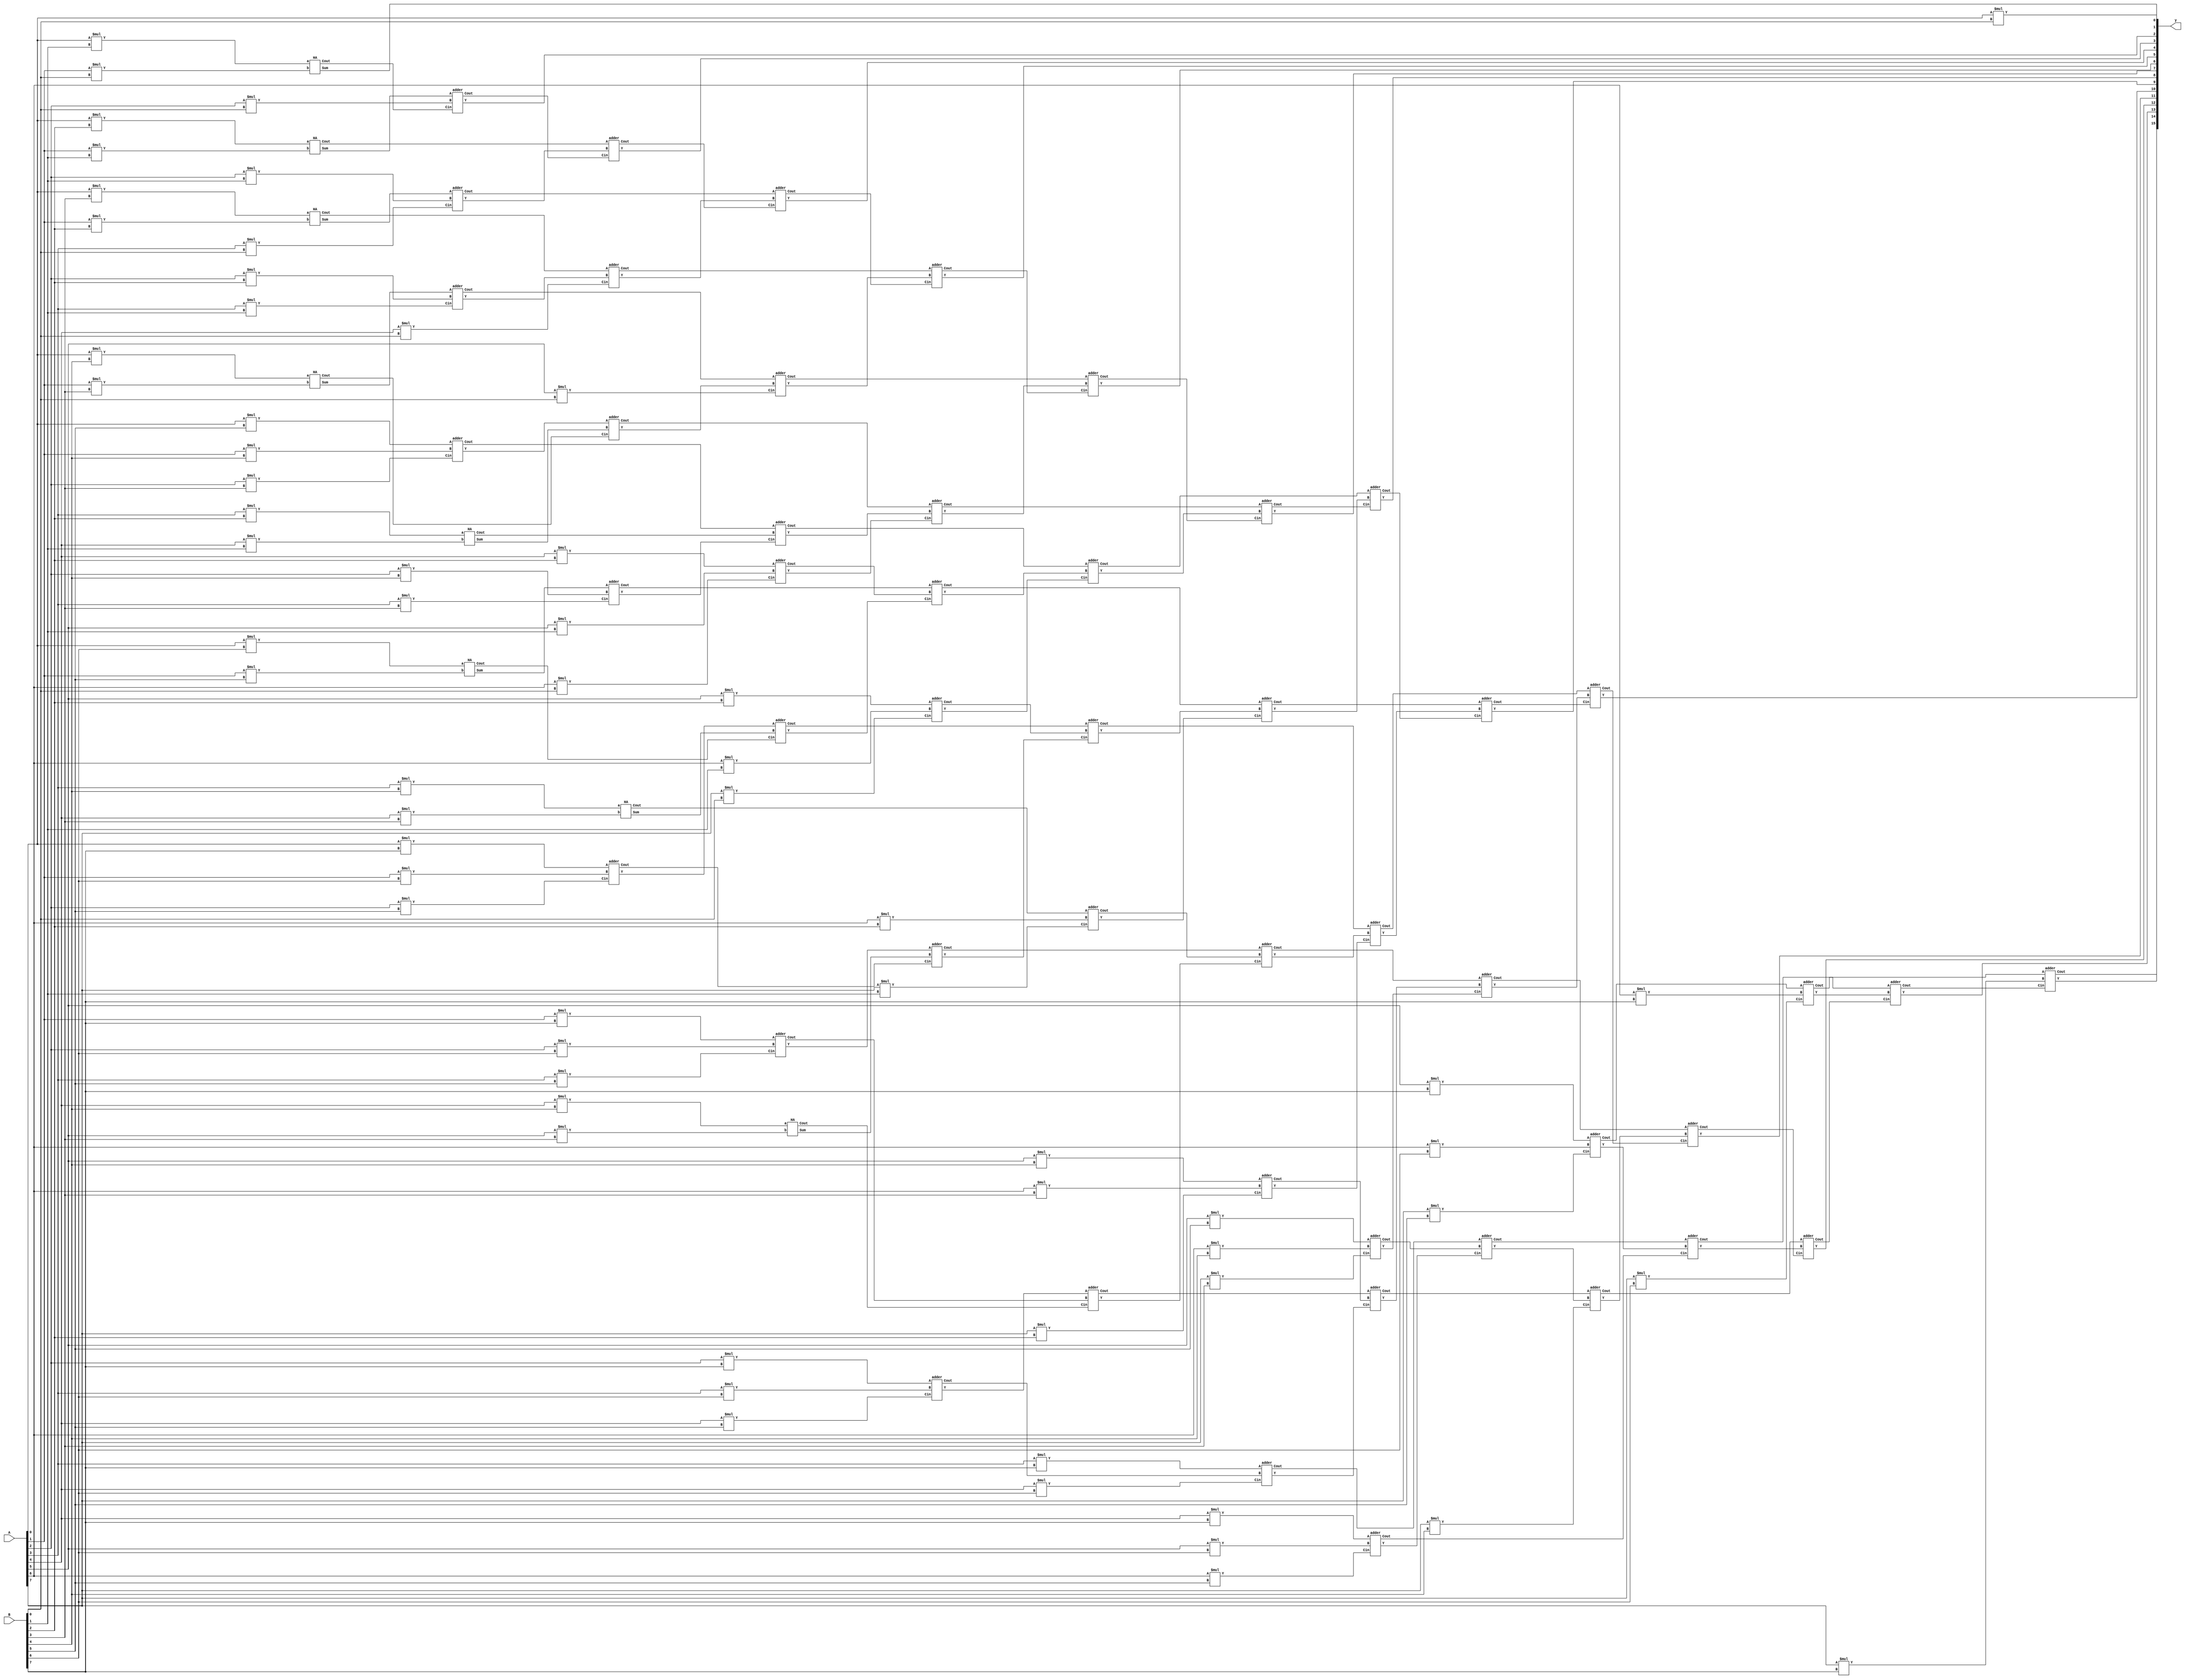
`timescale 1ns / 1ps

module dadda_mul(
    input [7:0] A,B,
    output [15:0] y);
    wire  gen_pp [0:7][7:0];
    wire [0:5]s1,c1;
    wire [0:13]s2,c2;   
    wire [0:9]s3,c3;
    wire [0:11]s4,c4;
    wire [0:13]c5;

    genvar i;
    genvar j;
    
    for(i = 0; i<8; i=i+1)begin
       for(j = 0; j<8;j = j+1)begin
          assign gen_pp[i][j] = A[j]*B[i];
        end
    end

//Stage 1 
    HA h1((gen_pp[6][0]),(gen_pp[5][1]),(s1[0]),(c1[0]));
    HA h2((gen_pp[4][3]),(gen_pp[3][4]),(s1[2]),(c1[2]));
    HA h3((gen_pp[4][4]),(gen_pp[3][5]),(s1[4]),(c1[4]));

    adder c11((gen_pp[7][0]),(gen_pp[6][1]),(gen_pp[5][2]),(s1[1]),(c1[1]));
    adder c12((gen_pp[7][1]),(gen_pp[6][2]),(gen_pp[5][3]),(s1[3]),(c1[3]));     
    adder c13((gen_pp[7][2]),(gen_pp[6][3]),(gen_pp[5][4]),(s1[5]),(c1[5]));
    
//Stage 2 
    HA h4((gen_pp[4][0]),(gen_pp[3][1]),(s2[0]),(c2[0]));
    HA h5((gen_pp[2][3]),(gen_pp[1][4]),(s2[2]),(c2[2]));

    adder c21((gen_pp[5][0]),(gen_pp[4][1]),(gen_pp[3][2]),(s2[1]),(c2[1]));
    adder c22((s1[0]),(gen_pp[4][2]),(gen_pp[3][3]),(s2[3]),(c2[3]));
    adder c23((gen_pp[2][4]),(gen_pp[1][5]),(gen_pp[0][6]),(s2[4]),(c2[4]));
    adder c24((s1[1]),(s1[2]),(c1[0]),(s2[5]),(c2[5]));
    adder c25((gen_pp[2][5]),(gen_pp[1][6]),(gen_pp[0][7]),(s2[6]),(c2[6]));
    adder c26((s1[3]),(s1[4]),(c1[1]),(s2[7]),(c2[7]));
    adder c27((c1[2]),(gen_pp[2][6]),(gen_pp[1][7]),(s2[8]),(c2[8]));
    adder c28((s1[5]),(c1[3]),(c1[4]),(s2[9]),(c2[9]));
    adder c29((gen_pp[4][5]),(gen_pp[3][6]),(gen_pp[2][7]),(s2[10]),(c2[10]));
    adder c210((gen_pp[7][3]),(c1[5]),(gen_pp[6][4]),(s2[11]),(c2[11]));
    adder c211((gen_pp[5][5]),(gen_pp[4][6]),(gen_pp[3][7]),(s2[12]),(c2[12]));
    adder c212((gen_pp[7][4]),(gen_pp[6][5]),(gen_pp[5][6]),(s2[13]),(c2[13]));
    
//Stage 3 

    HA h6((gen_pp[3][0]),(gen_pp[2][1]),(s3[0]),(c3[0]));

    adder c31((s2[0]),(gen_pp[2][2]),(gen_pp[1][3]),(s3[1]),(c3[1]));
    adder c32((s2[1]),(s2[2]),(c2[0]),(s3[2]),(c3[2]));
    adder c33((c2[1]),(c2[2]),(s2[3]),(s3[3]),(c3[3]));
    adder c34((c2[3]),(c2[4]),(s2[5]),(s3[4]),(c3[4]));
    adder c35((c2[5]),(c2[6]),(s2[7]),(s3[5]),(c3[5]));
    adder c36((c2[7]),(c2[8]),(s2[9]),(s3[6]),(c3[6]));
    adder c37((c2[9]),(c2[10]),(s2[11]),(s3[7]),(c3[7]));
    adder c38((c2[11]),(c2[12]),(s2[13]),(s3[8]),(c3[8]));
    adder c39((gen_pp[7][5]),(gen_pp[6][6]),(gen_pp[5][7]),(s3[9]),(c3[9]));

//Stage 4 

    HA h7((gen_pp[2][0]),(gen_pp[1][1]),(s4[0]),(c4[0]));

    adder c41((s3[0]),(gen_pp[1][2]),(gen_pp[0][3]),(s4[1]),(c4[1]));
    adder c42((c3[0]),(s3[1]),(gen_pp[0][4]),(s4[2]),(c4[2]));
    adder c43((c3[1]),(s3[2]),(gen_pp[0][5]),(s4[3]),(c4[3]));
    adder c44((c3[2]),(s3[3]),(s2[4]),(s4[4]),(c4[4]));
    adder c45((c3[3]),(s3[4]),(s2[6]),(s4[5]),(c4[5]));
    adder c46((c3[4]),(s3[5]),(s2[8]),(s4[6]),(c4[6]));
    adder c47((c3[5]),(s3[6]),(s2[10]),(s4[7]),(c4[7]));
    adder c48((c3[6]),(s3[7]),(s2[12]),(s4[8]),(c4[8]));
    adder c49((c3[7]),(s3[8]),(gen_pp[4][7]),(s4[9]),(c4[9]));
    adder c410((c3[8]),(s3[9]),(c2[13]),(s4[10]),(c4[10]));
    adder c411((c3[9]),(gen_pp[7][6]),(gen_pp[6][7]),(s4[11]),(c4[11]));
    
//Stage 5 
    HA h8(.a(gen_pp[1][0]),.b(gen_pp[0][1]),.Sum(y[1]),.Cout(c5[0]));

    adder c51((s4[0]),(gen_pp[0][2]),(c5[0]),(y[2]),(c5[1]));
    adder c52((c4[0]),(s4[1]),(c5[1]),(y[3]),(c5[2]));
    adder c54((c4[1]),(s4[2]),(c5[2]),(y[4]),(c5[3]));
    adder c55((c4[2]),(s4[3]),(c5[3]),(y[5]),(c5[4]));
    adder c56((c4[3]),(s4[4]),(c5[4]),(y[6]),(c5[5]));
    adder c57((c4[4]),(s4[5]),(c5[5]),(y[7]),(c5[6]));
    adder c58((c4[5]),(s4[6]),(c5[6]),(y[8]),(c5[7]));
    adder c59((c4[6]),(s4[7]),(c5[7]),(y[9]),(c5[8]));
    adder c510((c4[7]),(s4[8]),(c5[8]),(y[10]),(c5[9]));
    adder c511((c4[8]),(s4[9]),(c5[9]),(y[11]),(c5[10]));
    adder c512((c4[9]),(s4[10]),(c5[10]),(y[12]),(c5[11]));
    adder c513((c4[10]),(s4[11]),(c5[11]),(y[13]),(c5[12]));
    adder c514((c4[11]),(gen_pp[7][7]),(c5[12]),(y[14]),(c5[13]));

    assign y[0] =  gen_pp[0][0];
    assign y[15] = c5[13];
    
endmodule 

module adder(
    input A,B,Cin,
    output Y,Cout);
        
    assign Y = A^B^Cin;
    assign Cout = (A&B)|(A&Cin)|(B&Cin);
    
endmodule

module HA (
     input a, b,
     output Sum, Cout);

     assign Sum = a ^ b;
     assign Cout = a & b;
endmodule